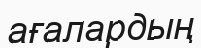
ағалардың